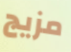
مزيج